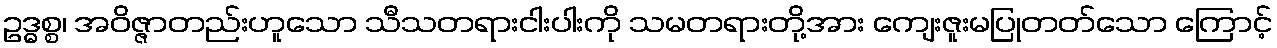
ဥဒ္ဓစ္စ၊ အဝိဇ္ဇာတည်းဟူသော သီသတရားငါးပါးကို သမတရားတို့အား ကျေးဇူးမပြုတတ်သော ကြောင့်